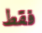
فقط